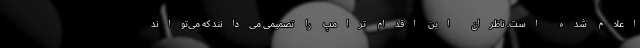
اعلام شده است. ناظران این اقدام ترامپ را تصمیمی می‌دانند که می‌تواند